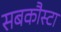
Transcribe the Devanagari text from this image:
सबकौस्टा